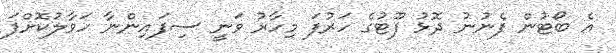
އެ ބޯޓުން ފެނުނު ދޮޅު ފޫޓުގެ ހަރުފަ މިހާރު ވަނީ ސިފައިންނާ ހަވާލުކޮށްފަ